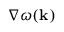
\nabla \omega ( { \mathbf { k } } )